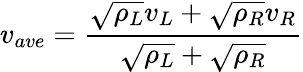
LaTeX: v_{ave}=\frac{\sqrt{\rho_{L}}v_{L}+\sqrt{\rho_{R}}v_{R}}{\sqrt{\rho_{L}}+\sqrt{\rho_{R}}}